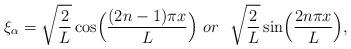
LaTeX: \begin{align*}\xi_{\alpha} = \sqrt{\frac{2}{L}} \cos \Bigl( \frac{(2n -1) \pi x}{L} \Bigr){}~or~~ \sqrt{\frac{2}{L}} \sin \Bigl(\frac{2n \pi x}{L} \Bigr),\end{align*}